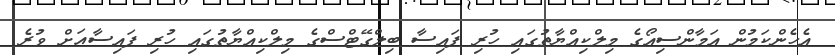
އެހެންކަމުން އަމާންސިއޯގެ މިލްކިއްޔާތުގައި ހުރި ފައިސާ ބިލްގޭޓްސްގެ މިލްކިއްޔާތުގައި ހުރި ފައިސާއަށް ވުރެ